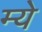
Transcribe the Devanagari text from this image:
म्ये